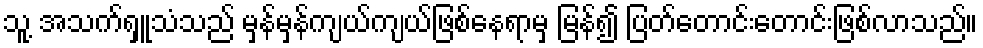
သူ့ အသက်ရှူသံသည် မှန်မှန်ကျယ်ကျယ်ဖြစ်နေရာမှ မြန်၍ ပြတ်တောင်းတောင်းဖြစ်လာသည်။